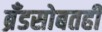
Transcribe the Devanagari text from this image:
ब्रँडसोबतही